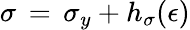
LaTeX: \sigma\, =\, \sigma_{y}+h_{\sigma}(\epsilon)